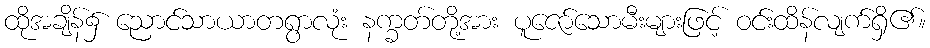
ထိုအချိန်၌ ညောင်သာယာတရွာလုံး နက္ခတ်တို့အား ပူဇော်သောမီးများဖြင့် ဝင်းထိန်လျက်ရှိ၏။